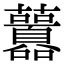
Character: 䖀